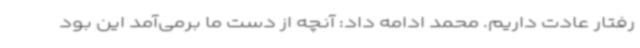
رفتار عادت داریم. محمد ادامه داد: آنچه از دست ما برمی‌آمد این بود